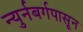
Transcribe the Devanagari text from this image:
न्युर्नबर्गपासून